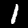
Digit: 1